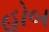
હોબ